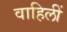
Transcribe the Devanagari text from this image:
वाहिलीं